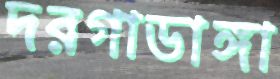
দরগাডাঙ্গা